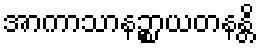
အာကာသာနဉ္စာယတနန္တိ